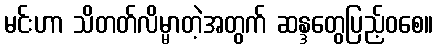
မင်းဟာ သိတတ်လိမ္မာတဲ့အတွက် ဆန္ဒတွေပြည့်ဝစေ။